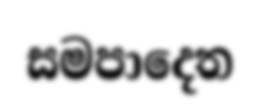
සමපාදෙත